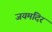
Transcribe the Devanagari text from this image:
जयमंदिर